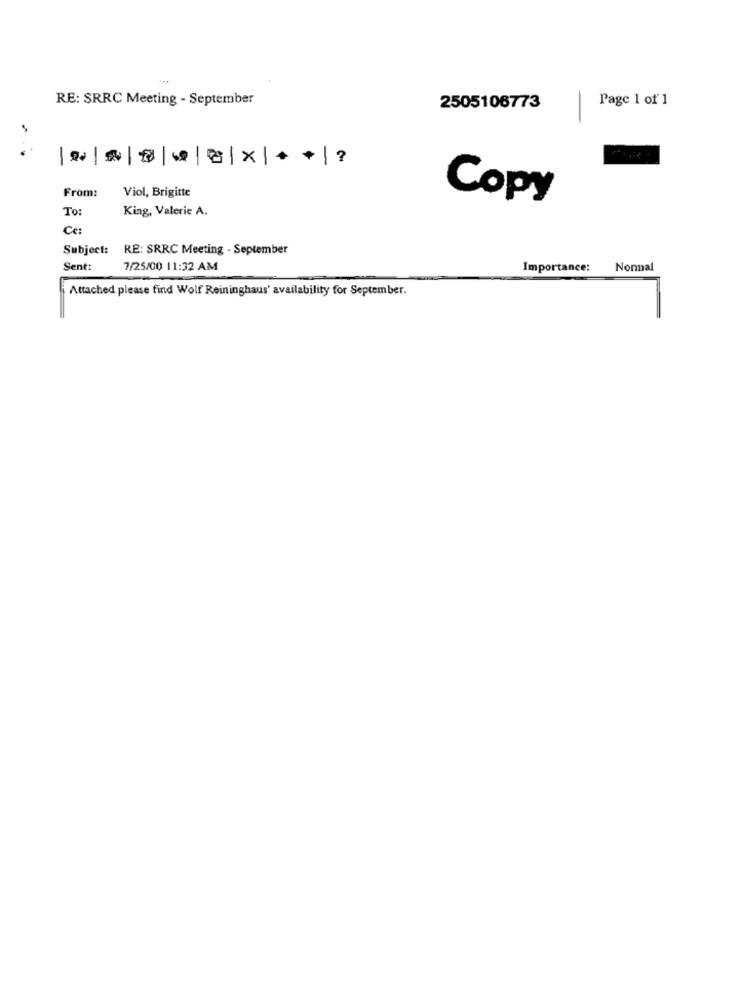
RE: SRRC Meeting - September
-
Page 1 of 1
2505106773
From:
Viol, Brigitte
Copy
King, Valerie A.
To:
Ce:
Subject: RE: SRRC Meeting - September
Sent:
7/25/00 11:32 AM
Importance:
Nonnal
Attached please find Wolf Reininghaus' availability for September.